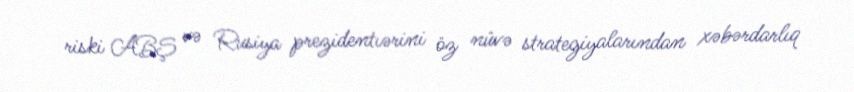
riski ABŞ və Rusiya prezidentıərini öz nüvə strategiyalarından xəbərdarlıq